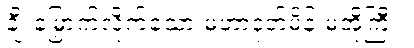
ချီးမြှောက်လိုက်သော မဟာဒုတ်မိန်းမအိုကြီး။